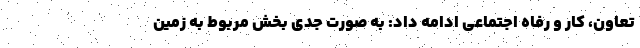
تعاون، کار و رفاه اجتماعی ادامه داد: به صورت جدی بخش مربوط به زمین